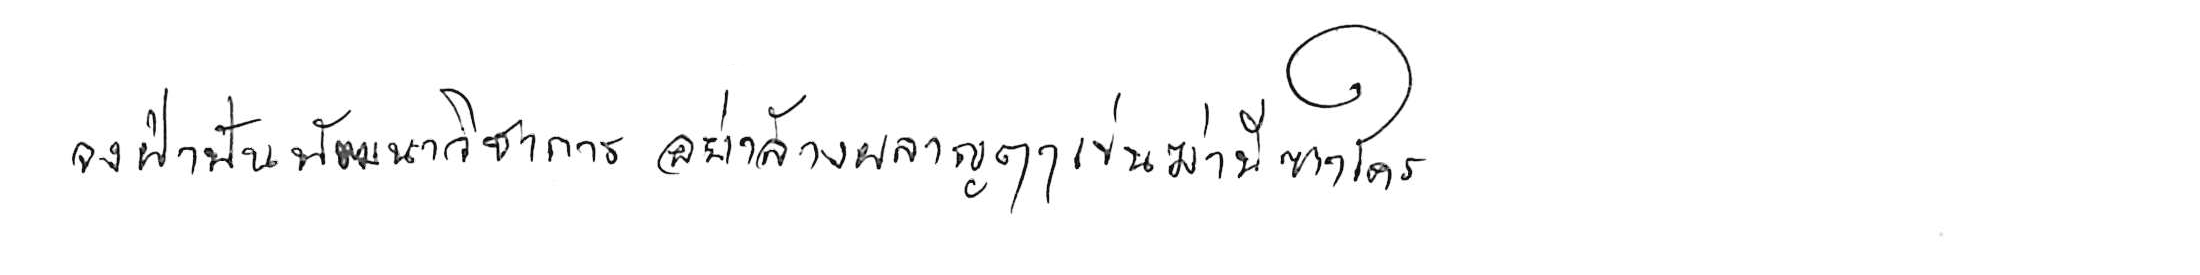
จงฝ่าฟันพัฒนาวิชาการ อย่าล้างผลาญฤๅเข่นฆ่าบีฑาใคร